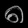
Digit: ၈